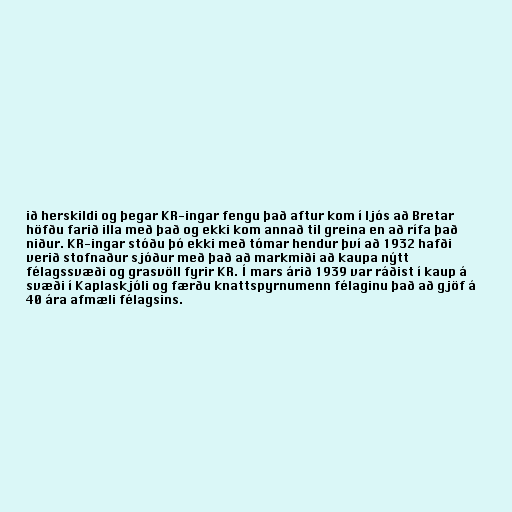
ið herskildi og þegar KR-ingar fengu það aftur kom í ljós að Bretar
höfðu farið illa með það og ekki kom annað til greina en að rífa það
niður. KR-ingar stóðu þó ekki með tómar hendur því að 1932 hafði
verið stofnaður sjóður með það að markmiði að kaupa nýtt
félagssvæði og grasvöll fyrir KR. Í mars árið 1939 var ráðist í kaup á
svæði í Kaplaskjóli og færðu knattspyrnumenn félaginu það að gjöf á
40 ára afmæli félagsins.